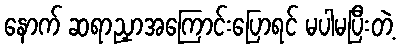
နောက် ဆရာညှာအကြောင်းပြောရင် မပါမပြီးတဲ့